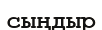
сыңдыр